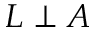
L \perp A